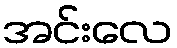
အင်းလေ